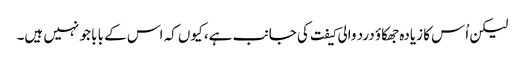
لیکن اُس کا زیادہ جھکاؤ درد والی کیفت کی جانب ہے، کیوں کہ اس کے بابا جو نہیں ہیں۔